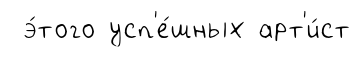
э́того усп'е́шных арт'и́ст